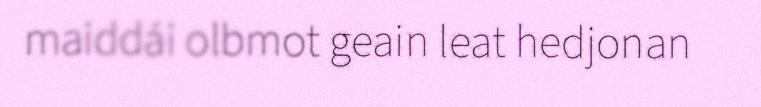
maiddái olbmot geain leat hedjonan